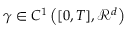
\gamma \in C ^ { 1 } \left( [ 0 , T ] , \mathcal { R } ^ { d } \right)